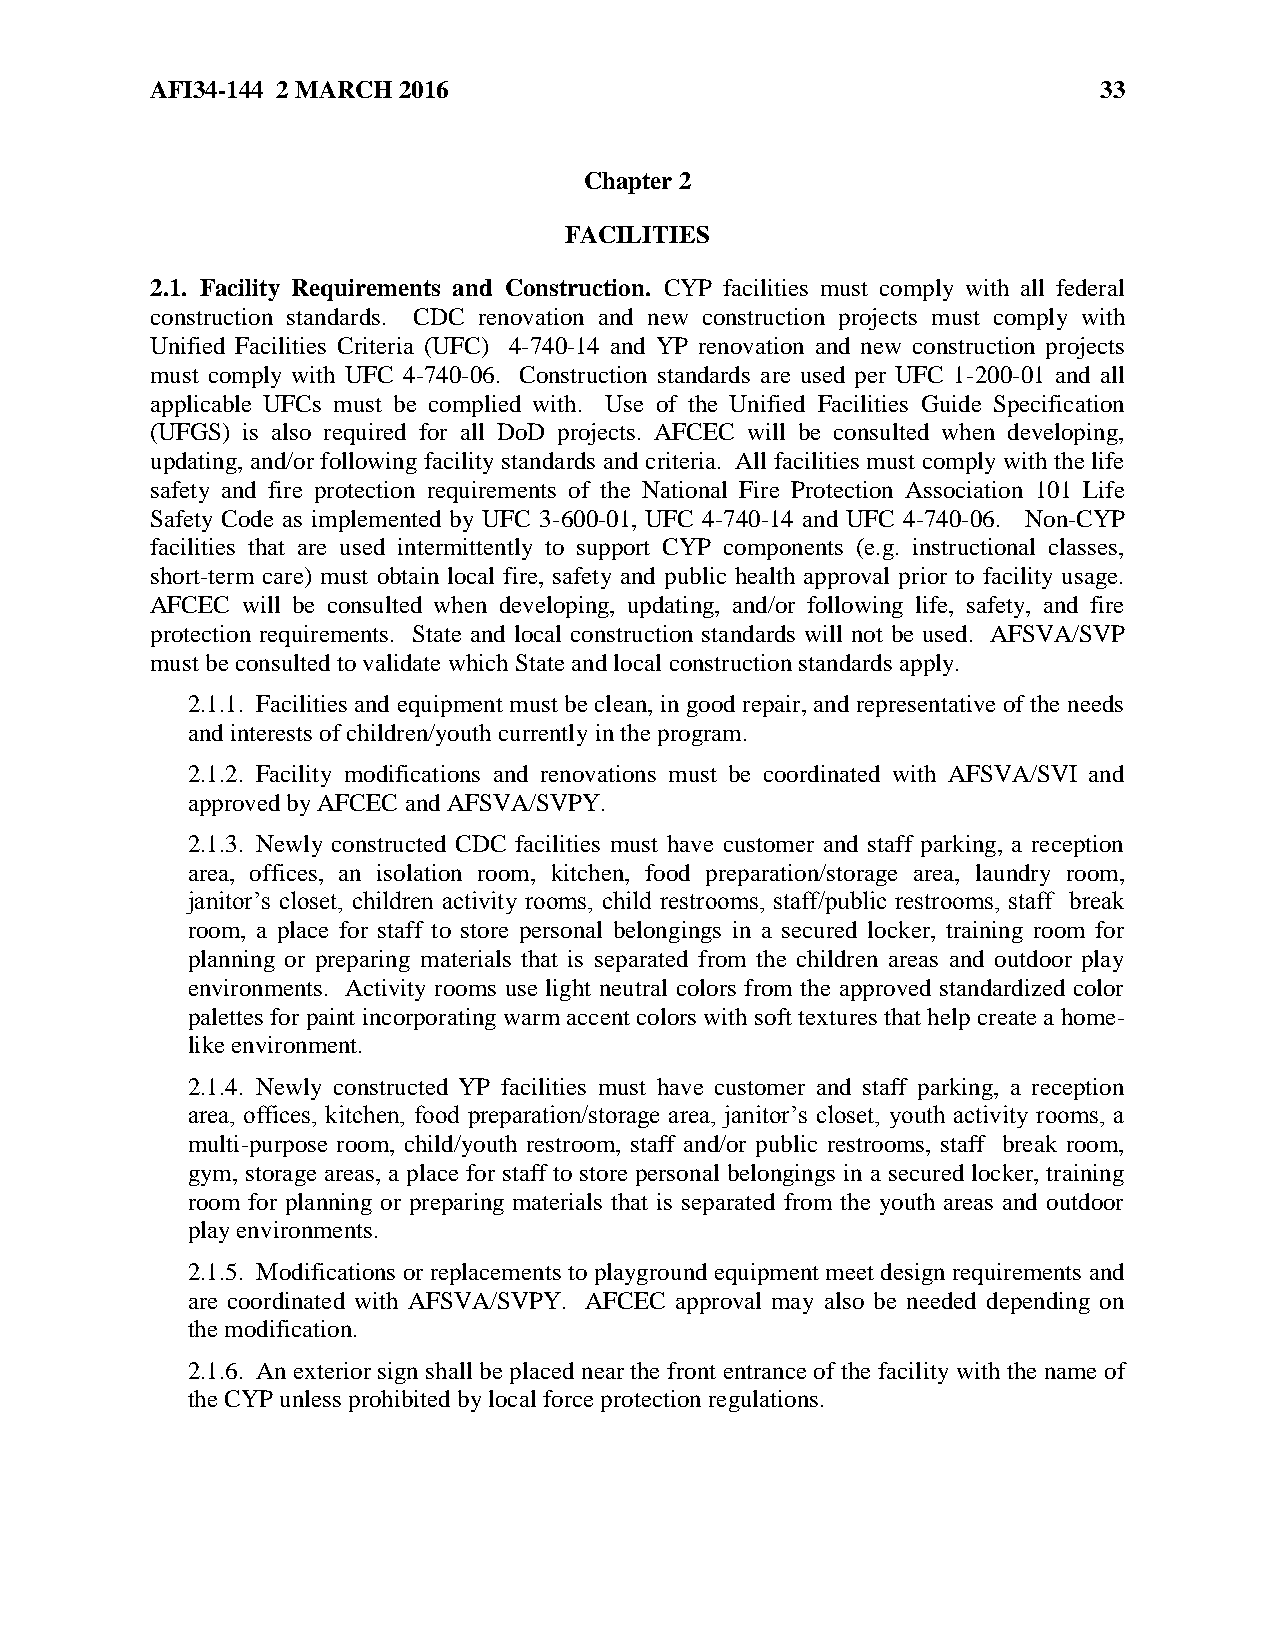
AFI34-144 2 MARCH 2016                                         33
 Chapter 2
 FACILITIES
 2.1. Facility Requirements and Construction. CYP facilities must comply with all federal
 construction standards. CDC renovation and new construction projects must comply with
 Unified Facilities Criteria (UFC) 4-740-14 and YP renovation and new construction projects
 must comply with UFC 4-740-06. Construction standards are used per UFC 1-200-01 and all
 applicable UFCs must be complied with. Use of the Unified Facilities Guide Specification
 (UFGS) is also required for all DoD projects. AFCEC will be consulted when developing,
 updating, and/or following facility standards and criteria. All facilities must comply with the life
 safety and fire protection requirements of the National Fire Protection Association 101 Life
 Safety Code as implemented by UFC 3-600-01, UFC 4-740-14 and UFC 4-740-06. Non-CYP
 facilities that are used intermittently to support CYP components (e.g. instructional classes,
 short-term care) must obtain local fire, safety and public health approval prior to facility usage.
 AFCEC will be consulted when developing, updating, and/or following life, safety, and fire
 protection requirements. State and local construction standards will not be used. AFSVA/SVP
 must be consulted to validate which State and local construction standards apply.
 2.1.1. Facilities and equipment must be clean, in good repair, and representative of the needs
 and interests of children/youth currently in the program.
 2.1.2. Facility modifications and renovations must be coordinated with AFSVA/SVI and
 approved by AFCEC and AFSVA/SVPY.
 2.1.3. Newly constructed CDC facilities must have customer and staff parking, a reception
 area, offices, an isolation room, kitchen, food preparation/storage area, laundry room,
 janitor’s closet, children activity rooms, child restrooms, staff/public restrooms, staff break
 room, a place for staff to store personal belongings in a secured locker, training room for
 planning or preparing materials that is separated from the children areas and outdoor play
 environments. Activity rooms use light neutral colors from the approved standardized color
 palettes for paint incorporating warm accent colors with soft textures that help create a home-
 like environment.
 2.1.4. Newly constructed YP facilities must have customer and staff parking, a reception
 area, offices, kitchen, food preparation/storage area, janitor’s closet, youth activity rooms, a
 multi-purpose room, child/youth restroom, staff and/or public restrooms, staff break room,
 gym, storage areas, a place for staff to store personal belongings in a secured locker, training
 room for planning or preparing materials that is separated from the youth areas and outdoor
 play environments.
 2.1.5. Modifications or replacements to playground equipment meet design requirements and
 are coordinated with AFSVA/SVPY. AFCEC approval may also be needed depending on
 the modification.
 2.1.6. An exterior sign shall be placed near the front entrance of the facility with the name of
 the CYP unless prohibited by local force protection regulations.